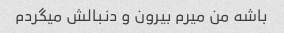
باشه من میرم بیرون و دنبالش میگردم